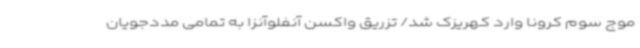
موج سوم کرونا وارد کهریزک شد/ تزریق واکسن آنفلوآنزا به تمامی مددجویان